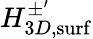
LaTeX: H_{3D,\mathrm{surf}}^{\pm^{\prime}}